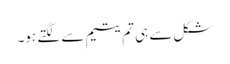
شکل سے ہی تم یتیم سے لگتے ہو۔